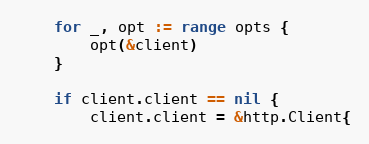
Language: Go
	for _, opt := range opts {
		opt(&client)
	}

	if client.client == nil {
		client.client = &http.Client{